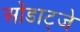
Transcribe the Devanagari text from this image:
ओंडाट्जे